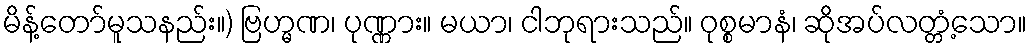
မိန့်တော်မူသနည်း။) ဗြဟ္မဏ၊ ပုဏ္ဏား။ မယာ၊ ငါဘုရားသည်။ ဝုစ္စမာနံ၊ ဆိုအပ်လတ္တံ့သော။